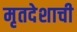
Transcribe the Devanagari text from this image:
मृतदेशाची